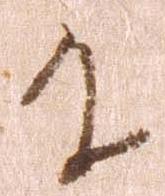
に